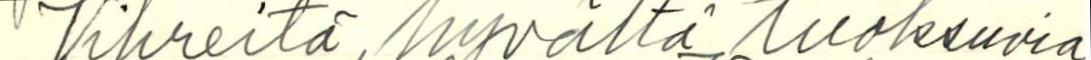
Vihreitä, hyvältä tuoksuvia